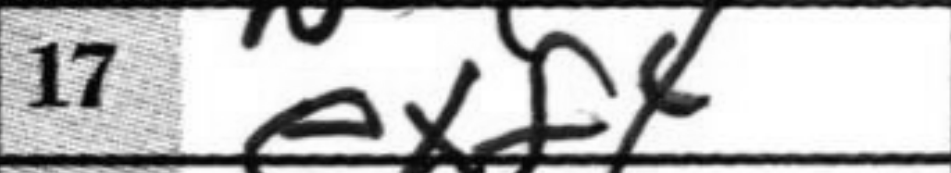
Transcription: exf4